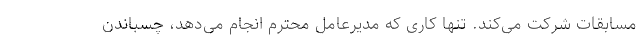
مسابقات شرکت می‌کند. تنها کاری که مدیرعامل محترم انجام می‌دهد، چسباندن